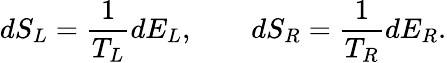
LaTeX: dS_{L}={\frac{1}{T_{L}}}dE_{L},\ \ \ \ \ \ \ \ dS_{R}={\frac{1}{T_{R}}}dE_{R}.